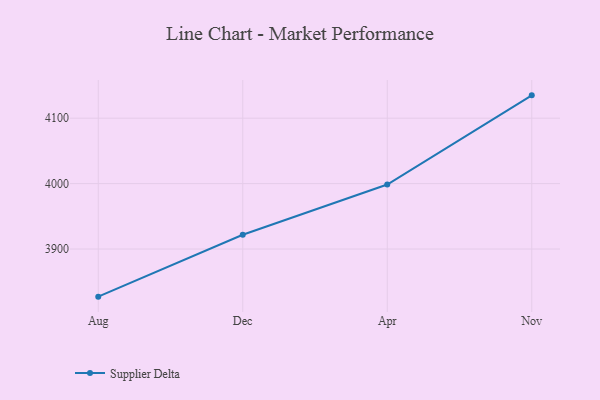
{"axis": {"x": "Month", "y": "Website Visitors"}, "legend": ["Supplier Delta"], "data": [{"x": "Aug", "y": 3827.2, "type": "Supplier Delta"}, {"x": "Dec", "y": 3921.8, "type": "Supplier Delta"}, {"x": "Apr", "y": 3998.6, "type": "Supplier Delta"}, {"x": "Nov", "y": 4134.9, "type": "Supplier Delta"}]}